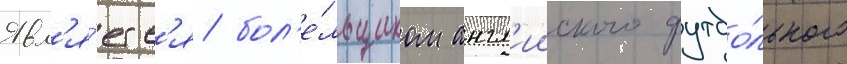
Явл'я́етс'я бол'е́льщиком англ'ииского футбо́льного